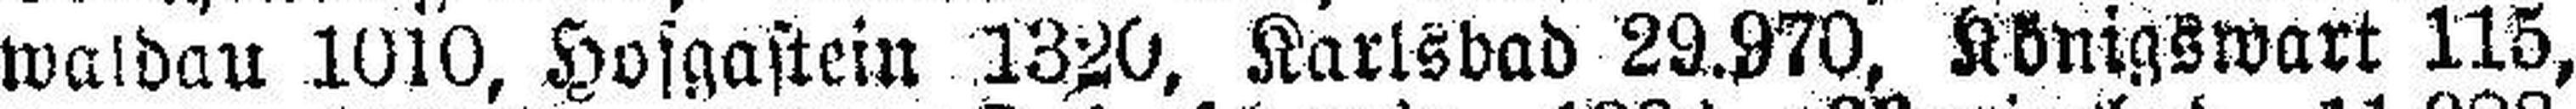
waldau 1010, Hofgastein 1320, Karlsbad 29.970, Königswart 115,